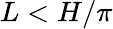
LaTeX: L<H/\pi